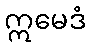
ဣမေဒံ